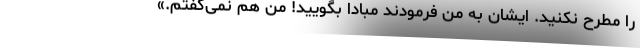
را مطرح نکنید. ایشان به من فرمودند مبادا بگویید! من هم نمی‌گفتم.»